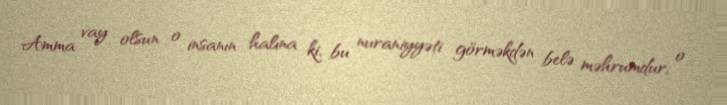
Amma vay olsun o insanın halına ki, bu nuraniyyəti görməkdən belə məhrumdur, o